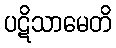
ပဋိသာမေတိ